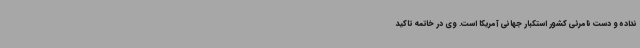
نداده و دست نامرئی کشور استکبار جهانی آمریکا است. وی در خاتمه تاکید